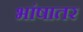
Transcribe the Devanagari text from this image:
भांषातर